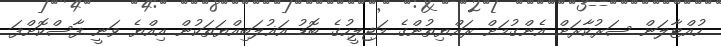
ހުއްޓާލަން ސަރުކާރަށް އެންގުމަށް ރައްޔިތުންގެ މަޖިލީހުގެ ބޮޑު އަޣުލަބިއްޔަތަކުން އިއްޔެ ވަނީ ފާސްކޮށްފަ